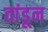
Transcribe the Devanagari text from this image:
तांडून